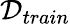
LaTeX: \mathcal{D}_{train}